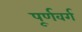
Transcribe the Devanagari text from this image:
पूर्णवर्ग